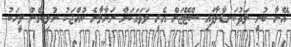
އޭނާ ބުނީ ލަދުކަނޑާލާފައި ސްޓޭޖަށް އެރީ ލަވައަކަށް ނަށާލާނެ ކުއްޖަކު ނުލިބިގެން މީހަކު